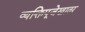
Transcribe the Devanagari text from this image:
व्यक्तिपूजेखातर